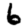
Digit: 6